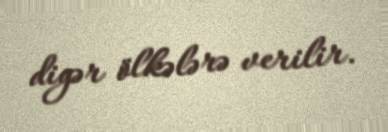
digər ölkələrə verilir.